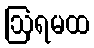
ဩရမထ